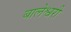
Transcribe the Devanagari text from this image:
बालेश्वरी